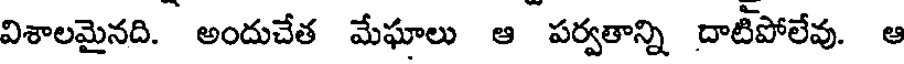
విశాలమైనది. అందుచేత మేఘాలు ఆ పర్వతాన్ని దాటిపోలేవు. ఆ